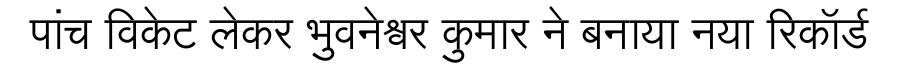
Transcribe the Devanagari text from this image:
पांच विकेट लेकर भुवनेश्वर कुमार ने बनाया नया रिकॉर्ड